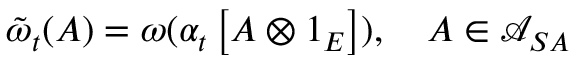
\tilde { \omega } _ { t } ( A ) = \omega ( \alpha _ { t } \left[ A \otimes 1 _ { E } \right] ) , \quad A \in \mathcal { A } _ { S A }